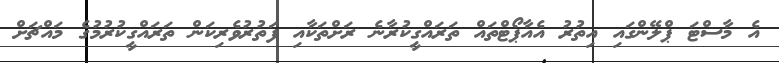
އެ މާސްޓަ ޕްލޭންގައި އިތުރު އެއާޕޯޓްތައް ތަރައްގީކުރާނެ ރަށްތަކާއި ފަތުރުވެރިކަން ތަރައްގީކުރުމުގެ މައްޗަށް